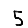
Digit: 5